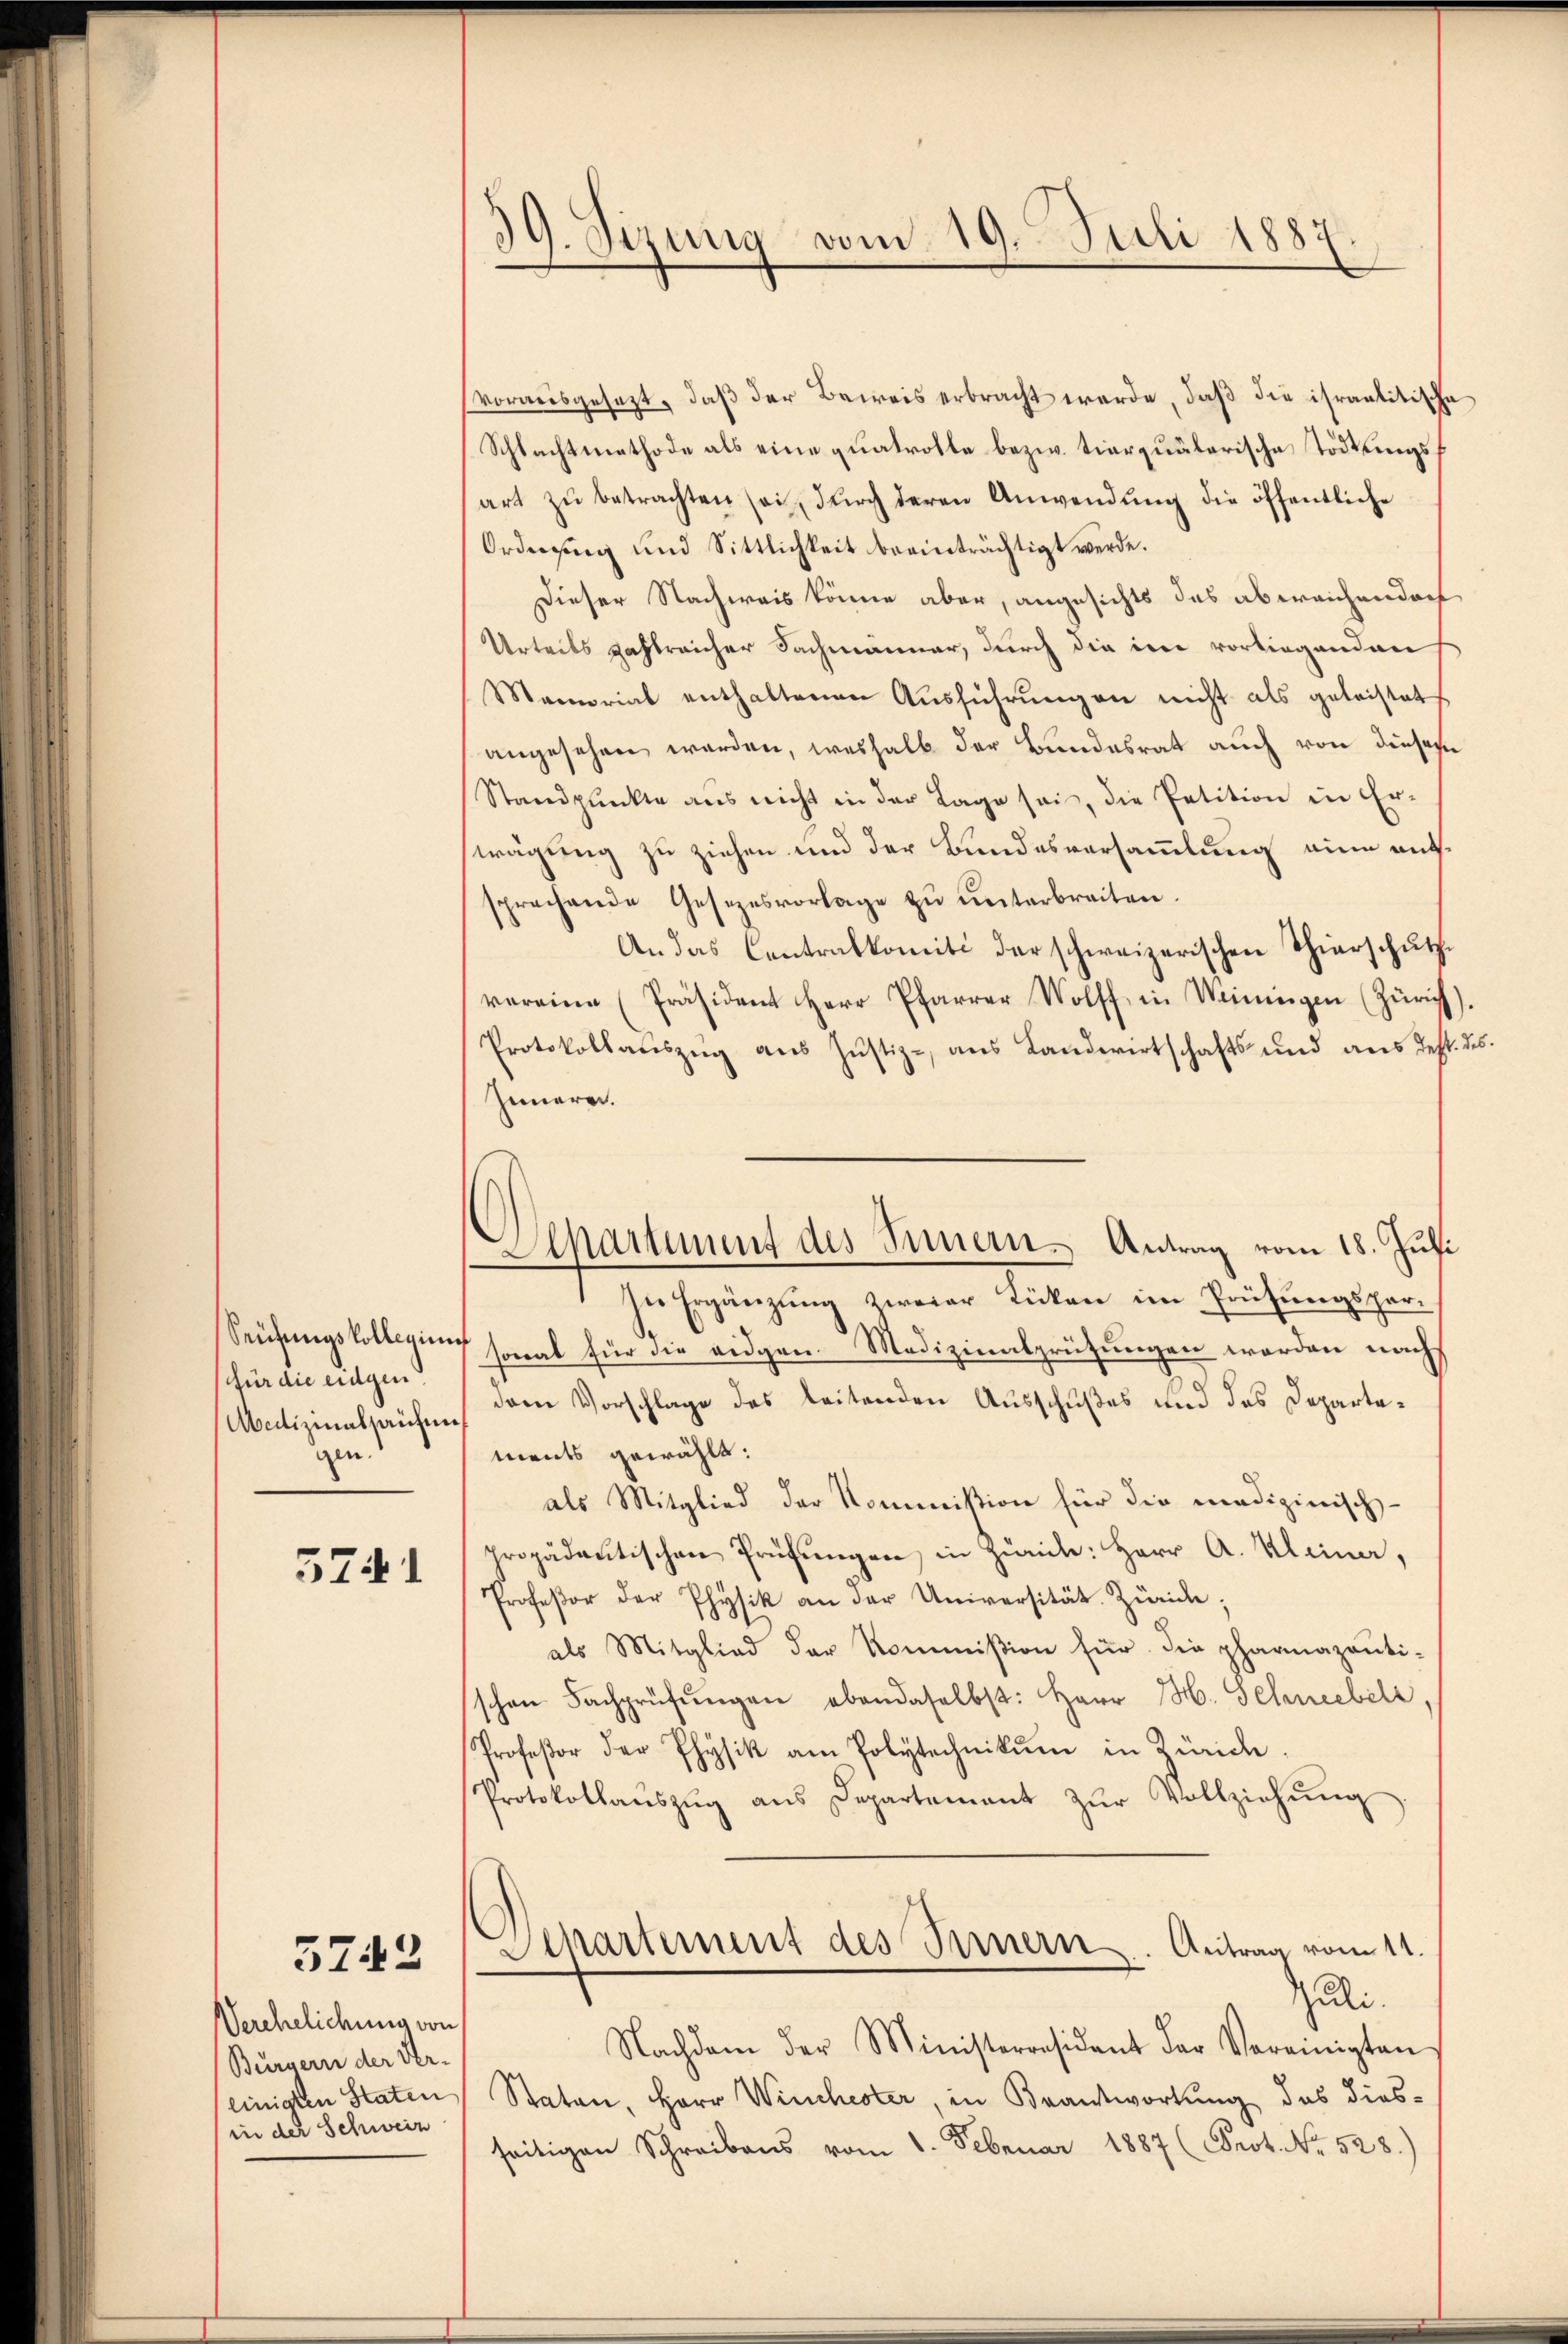
Seufungskollegium
für die eidgen.
Medizinalpaufen
gen.

5741

5742

Verehelichung von
Bürgern der Ver-
einigten Staten
in der Schweiz

39. Sizung vom 19. Juli 1887

Apartement des Innern Antrag vom 18. Juli

vorweisgesezt, daß der Beweis erbracht werde, daß die israelitische
Schlachtmethode als eine quatrolle bezw. tierquälerische Tödtungsf
art zŭ betrachten sei, dŭrch deren Anwendŭng die öffentliche
Ordnung und Sittlichkeit beeinträchtigt werde.
Dieser Nachweis könne aber, angesichts das abweichendoch
Urteils zahlreicher Sachmänner, durch die in vorliegenden
Memorial enthaltenen Aŭsführŭngen nicht als geleistet
angesehen werden, weshalb der Bundesrat auch von dieses
Standpŭnkte aus nicht in der Tage sei, die Petition in Er-
wägung zu ziehen und der Bundesversammlung ein aufsprechende Gesezesvorlage zŭ ŭnterbreiten.
An das Centralkomiti der schweizerischen Thierschutzvereine Präsident Herr Pfarrer Wolff in Weiningen (Zürich)
Protokollaŭszŭg aŭs Jŭstiz-, aŭs Landwirtschafts- und aus dest. des
Inneren.
In Ergänzŭng zweier Tücken im Prüfungspar-
sonal für die eidgen. Medizinalprüfungen worden nachs
dem Vorschlage des leitenden Ausschußes und des Departements gewählt:
als Mitglied der Kommission für die medizinisch-
propädactischen Prüfŭngen in Zürich: Herr A. Kleiner,
Profeßor der Physik an der Universität. Zürich;
als Mitglied der Kommißion für die pharmazanti-
schen Fachprüfŭngen abendaselbst: Herr M. Schneebel,
Profeßor der Physik am Polytechnikum in Zürich
Protokollaŭszŭg ans Departement zŭr Vollziehŭng
)
Departement des Bernern. Antrag vom 11.
Juli.
Nachdem der Ministerresident der Vereinigten
Staten, Herr Winchester, in Brantwortung das dies-
seitigen Schreibens vom 1. Februar 1887 (Prot. No. 528.)